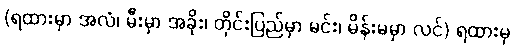
(ရထားမှာ အလံ၊ မီးမှာ အခိုး၊ တိုင်းပြည်မှာ မင်း၊ မိန်းမမှာ လင်) ရထားမှ